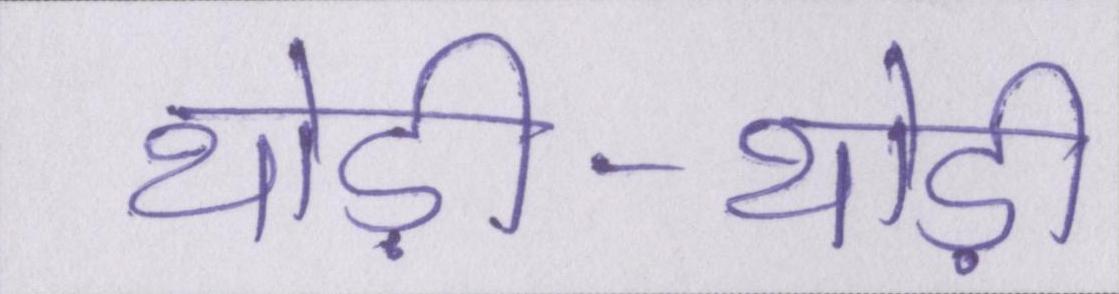
थोड़ी-थोड़ी